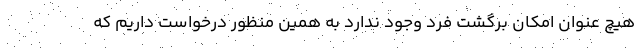
هیچ عنوان امکان برگشت فرد وجود ندارد به همین منظور درخواست داریم که